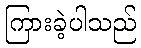
ကြားခဲ့ပါသည်